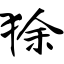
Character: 狳